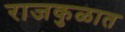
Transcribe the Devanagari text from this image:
राजकुळात